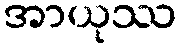
အာယုဿ